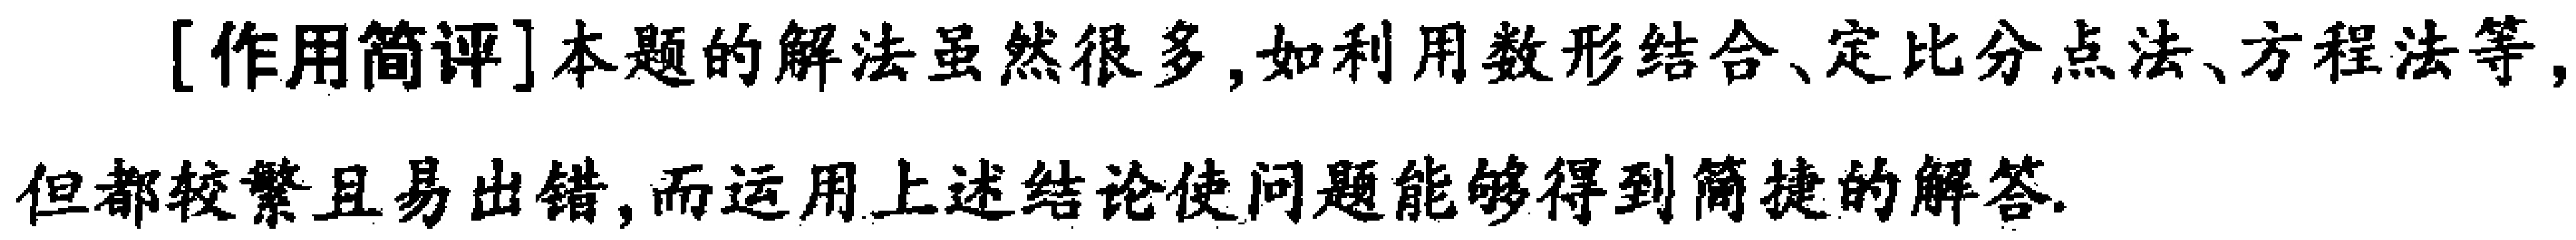
[作用简评]本题的解法虽然很多,如利用数形结合、定比分点法、方程法等,但都较繁且易出错,而运用上述结论使问题能够得到简捷的解答.